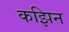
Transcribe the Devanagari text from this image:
कझिन